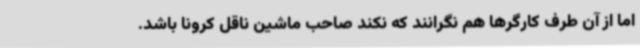
اما از آن طرف کارگرها هم نگرانند که نکند صاحب ماشین ناقل کرونا باشد.